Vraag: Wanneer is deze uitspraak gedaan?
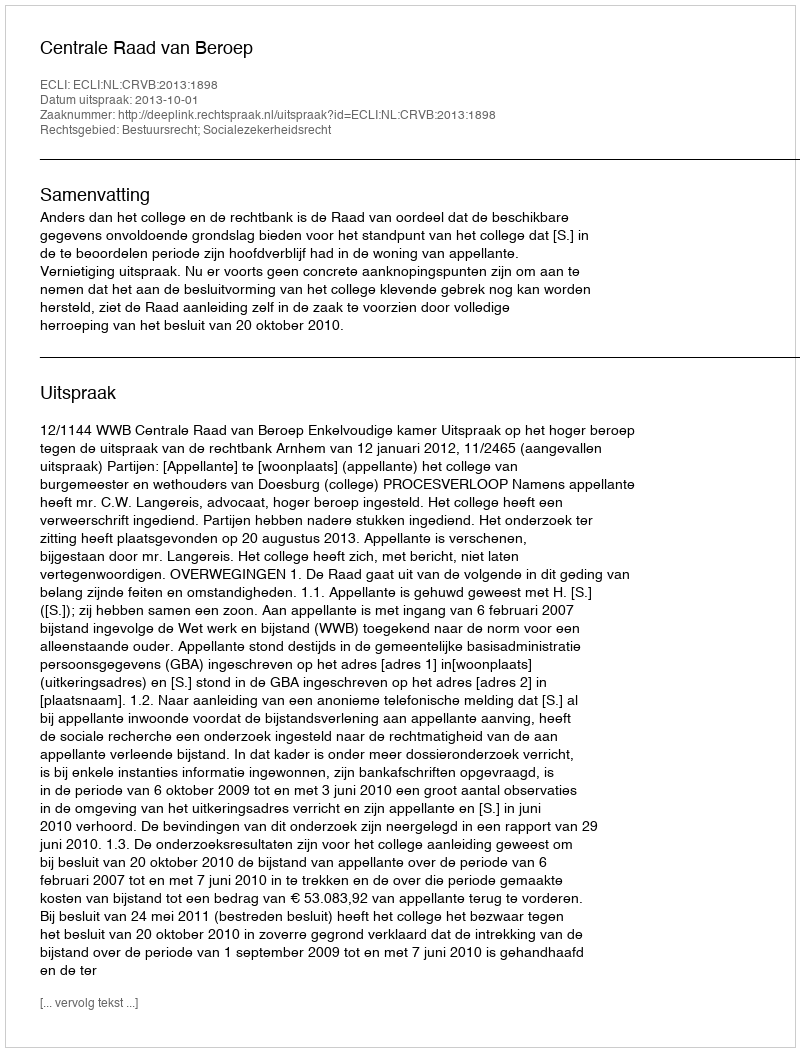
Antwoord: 2013-10-01